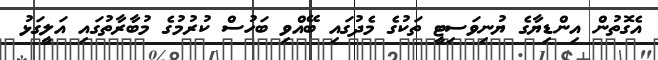
އެގޮތުން އިންޑިޔާގެ ޔުނިވަސިޓީ ތަކުގެ މެދުގައި ބޭއްވި ބަހުސް ކުރުމުގެ މުބާރާތުގައި އަލީގަޅު